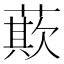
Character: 𮑁